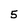
Character: 5